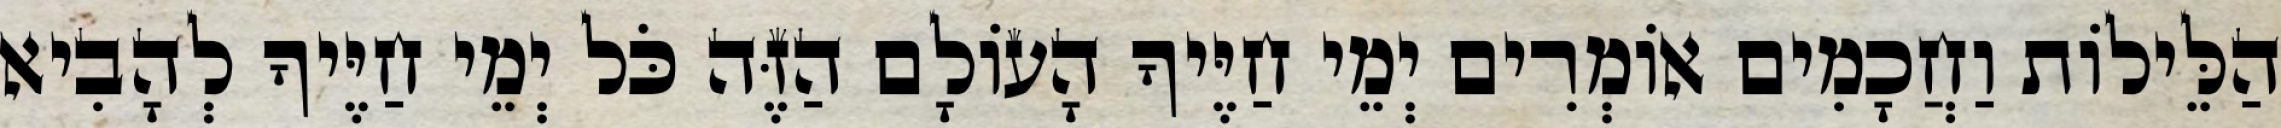
הַלֵּילוֹת וַחֲכָמִים אוֹמְרִים יְמֵי חַיֶּיךָ הָעוֹלָם הַזֶּה כֹּל יְמֵי חַיֶּיךָ לְהָבִיא